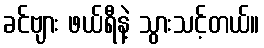
ခင်ဗျား ဖယ်ရီနဲ့ သွားသင့်တယ်။